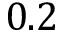
0 . 2